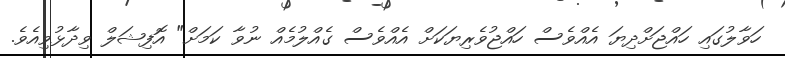
ހަވާލުގައި ހައްޖަށްދިޔަ އެއްވެސް ހައްޖުވެރިޔަކަށް އެއްވެސް ގެއްލުމެއް ނުވާ ކަމަށް" އޮފިޝަލް ވިދާޅުވިއެވެ.